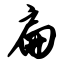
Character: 扁